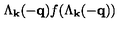
\Lambda _ { { \bf { k } } } ( - { \bf { q } } ) f ( \Lambda _ { { \bf { k } } } ( - { \bf { q } } ) )